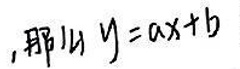
, 那么 \( y = ax + b \)